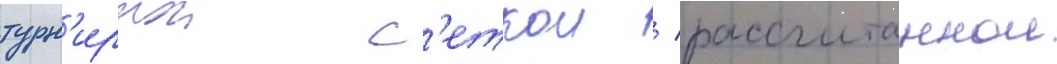
турн'ирнои с'еткои / рассчитаннои